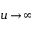
u \! \to \! \infty